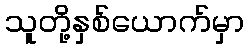
သူတို့နှစ်ယောက်မှာ